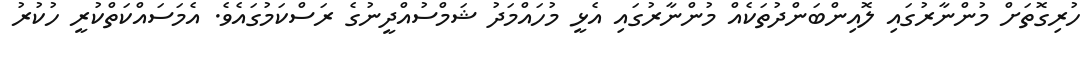
ހުރިގޮތަށް މުންނާރުގައި ލޮއިންބަންދުތަކެއް މުންނާރުގައި އެޅީ މުހައްމަދު ޝަމްސުއްދީނުގެ ރަސްކަމުގައެވެ. އެމަސައްކަތްކުރީ ހުކުރު